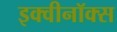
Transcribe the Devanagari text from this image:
इक्वीनॉक्स